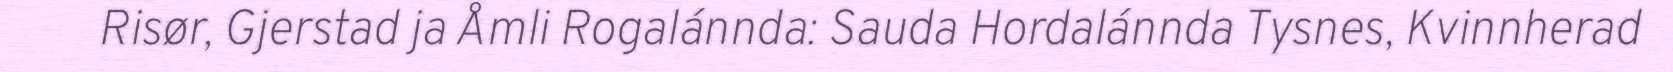
Risør, Gjerstad ja Åmli Rogalánnda: Sauda Hordalánnda Tysnes, Kvinnherad